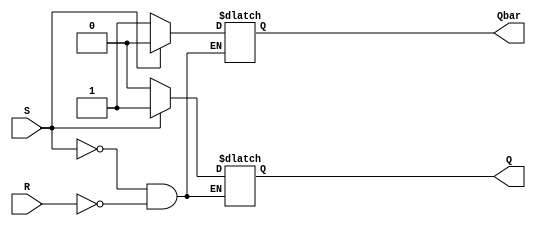
module SR_latch (
    input wire S,
    input wire R,
    output reg Q,
    output reg Qbar
);

always @ (S, R)
begin
    if (S)
    begin
        Q <= 1;
        Qbar <= 0;
    end
    else if (R)
    begin
        Q <= 0;
        Qbar <= 1;
    end
end

endmodule